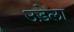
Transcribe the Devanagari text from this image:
उड़ेला